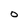
Character: O